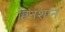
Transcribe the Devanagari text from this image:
हिनशान